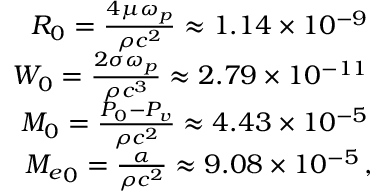
\begin{array} { r } { { \cal R } _ { 0 } = \frac { 4 \mu \omega _ { p } } { \rho c ^ { 2 } } \approx 1 . 1 4 \times 1 0 ^ { - 9 } \, } \\ { { \cal W } _ { 0 } = \frac { 2 \sigma \omega _ { p } } { \rho c ^ { 3 } } \approx 2 . 7 9 \times 1 0 ^ { - 1 1 } \, } \\ { { \cal M } _ { 0 } = \frac { P _ { 0 } - P _ { v } } { \rho c ^ { 2 } } \approx 4 . 4 3 \times 1 0 ^ { - 5 } \, } \\ { { { \cal M } _ { e } } _ { 0 } = \frac { \alpha } { \rho c ^ { 2 } } \approx 9 . 0 8 \times 1 0 ^ { - 5 } \, , } \end{array}